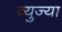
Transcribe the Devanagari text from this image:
व्युज्या